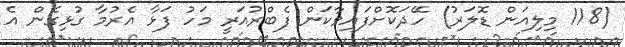
(118 މިލިއަން ޑޮލަރު) ހޭދަކޮށްފައިވާކަން ފެބްރުއަރީ މަހު ފަޅާ އެރުމާ ގުޅިގެން އެ